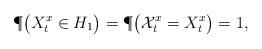
LaTeX: \begin{align*}\P\big(X^x_t \in H_1\big)=\P\big(\mathcal{X}^x_t = X^x_t\big)=1,\end{align*}